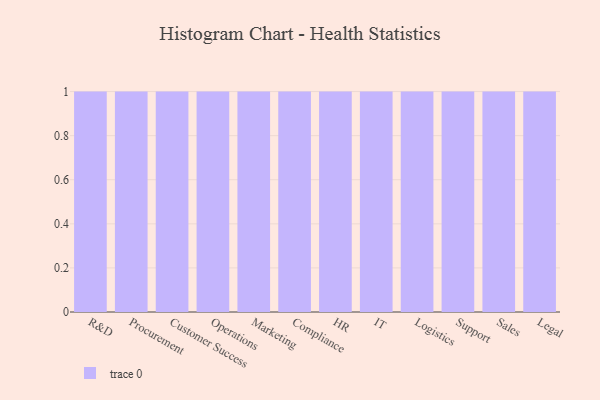
{"axis": {"x": "Department", "y": "Humidity (%)"}, "legend": [""], "data": [{"x": "R&D", "y": 68, "type": ""}, {"x": "Procurement", "y": 44, "type": ""}, {"x": "Customer Success", "y": 79, "type": ""}, {"x": "Operations", "y": 8, "type": ""}, {"x": "Marketing", "y": 8, "type": ""}, {"x": "Compliance", "y": 4, "type": ""}, {"x": "HR", "y": 90, "type": ""}, {"x": "IT", "y": 38, "type": ""}, {"x": "Logistics", "y": 47, "type": ""}, {"x": "Support", "y": 81, "type": ""}, {"x": "Sales", "y": 89, "type": ""}, {"x": "Legal", "y": 70, "type": ""}]}